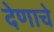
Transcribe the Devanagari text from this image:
देणाचे